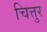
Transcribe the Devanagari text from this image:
चित्तुर